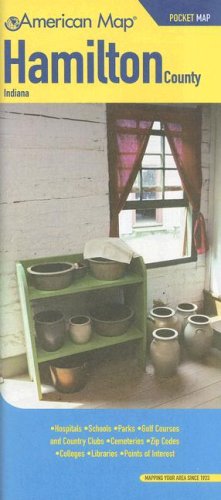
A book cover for American Map Hamilton County In Pocket Map; Travel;